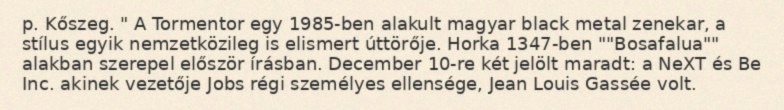
p. Kőszeg. " A Tormentor egy 1985-ben alakult magyar black metal zenekar, a stílus egyik nemzetközileg is elismert úttörője. Horka 1347-ben ""Bosafalua"" alakban szerepel először írásban. December 10-re két jelölt maradt: a NeXT és Be Inc. akinek vezetője Jobs régi személyes ellensége, Jean Louis Gassée volt.